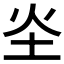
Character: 𪢾